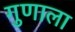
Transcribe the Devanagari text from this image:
गुणाला